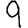
Digit: 9